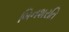
બિનશરતિ